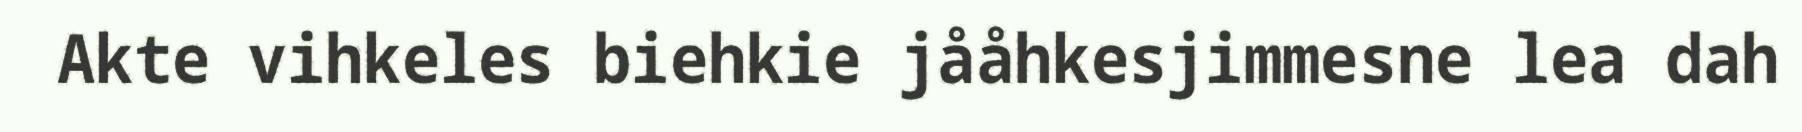
Akte vihkeles biehkie jååhkesjimmesne lea dah